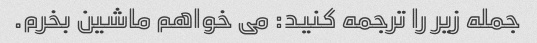
جمله زیر را ترجمه کنید: می خواهم ماشین بخرم.